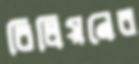
বিলিয়নের